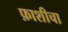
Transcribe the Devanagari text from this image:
फ़ाशीचा